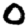
Digit: 0